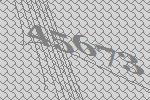
45673